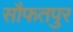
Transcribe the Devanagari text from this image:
सौफतपुर